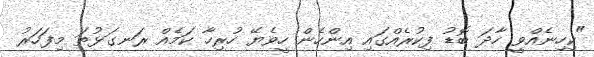
"ކިހިނެއްވީ ހާދަ ބޮޑު ފިކުރެއްގައި އިންހެން ހީވެޔޭ ހުރިހާ ކަމެއް ރަނގަޅުތަ މިފަހަރު